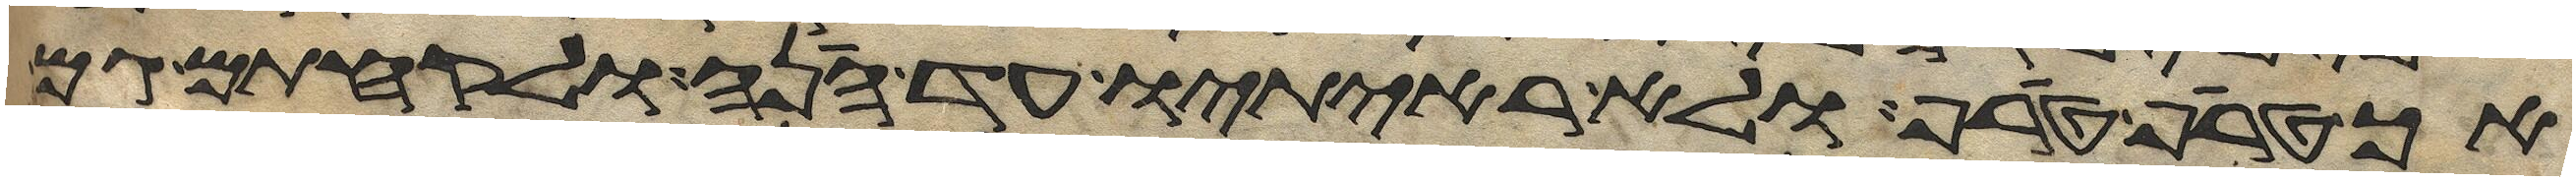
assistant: הך טרף טרף ולא ראיתיו עד הנה ולקחתם גם